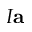
I \mathbf { a }